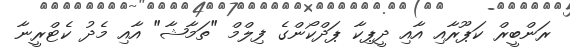
ރަންބީރް ކަޕޫރާއި އާއި ދީޕިކާ ޕަދްކޯންގެ ފިލްމް "ތަމާޝާ" އާއި މެދު ކެޓްރީނާ